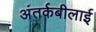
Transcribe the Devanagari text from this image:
अंतर्कबीलाई